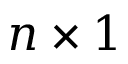
n \times 1